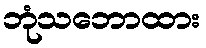
ဘုံသဘောထား